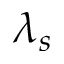
\lambda _ { s }